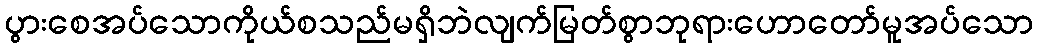
ပွားစေအပ်သောကိုယ်စသည်မရှိဘဲလျက်မြတ်စွာဘုရားဟောတော်မူအပ်သော